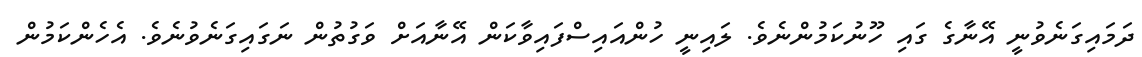
ދަމައިގަނެވުނީ އޭނާގެ ގައި ހޫނުކަމުންނެވެ. ލައިނީ ހުންއައިސްފައިވާކަން އޭނާއަށް ވަގުތުން ނަގައިގަނެވުނެވެ. އެހެންކަމުން